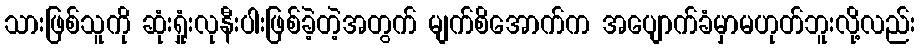
သားဖြစ်သူကို ဆုံးရှုံးလုနီးပါးဖြစ်ခဲ့တဲ့အတွက် မျက်စိအောက်က အပျောက်ခံမှာမဟုတ်ဘူးလို့လည်း